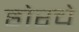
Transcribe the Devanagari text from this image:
होरचे